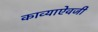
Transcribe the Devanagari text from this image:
काव्याऐवजी